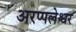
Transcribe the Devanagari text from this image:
अरप्पलेश्वर